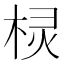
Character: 棂